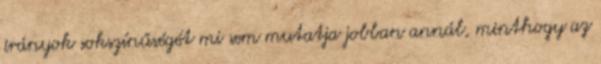
irányok sokszínűségét mi sem mutatja jobban annál, minthogy az